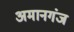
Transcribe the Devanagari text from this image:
अमानगंज